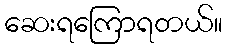
ဆေးရကြောရတယ်။